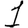
Digit: 1